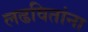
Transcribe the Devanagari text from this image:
लढवितांना